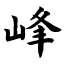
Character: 峰